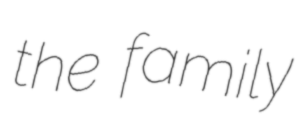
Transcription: the family